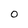
Character: 0